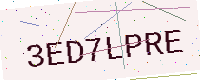
Text: 3ED7LPRE